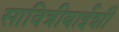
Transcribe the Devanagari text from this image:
सावित्रीबाईशी